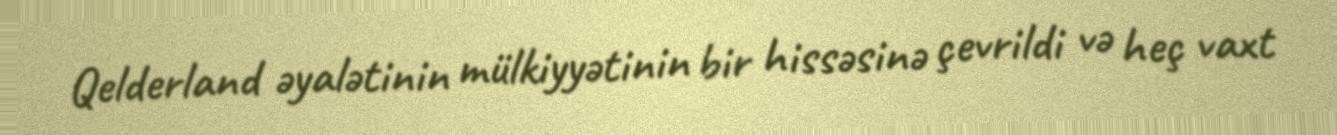
Qelderland əyalətinin mülkiyyətinin bir hissəsinə çevrildi və heç vaxt